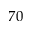
7 0